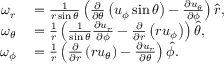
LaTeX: \begin{array} { r l } { \omega _ { r } } & { { } = { \frac { 1 } { r \sin \theta } } \left( { \frac { \partial } { \partial \theta } } \left( u _ { \phi } \sin \theta \right) - { \frac { \partial u _ { \theta } } { \partial \phi } } \right) { \boldsymbol { \hat { r } } } , } \\ { \omega _ { \theta } } & { { } = { \frac { 1 } { r } } \left( { \frac { 1 } { \sin \theta } } { \frac { \partial u _ { r } } { \partial \phi } } - { \frac { \partial } { \partial r } } \left( r u _ { \phi } \right) \right) { \boldsymbol { \hat { \theta } } } , } \\ { \omega _ { \phi } } & { { } = { \frac { 1 } { r } } \left( { \frac { \partial } { \partial r } } \left( r u _ { \theta } \right) - { \frac { \partial u _ { r } } { \partial \theta } } \right) { \boldsymbol { \hat { \phi } } } . } \end{array}